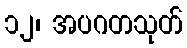
၁၂၊ အပဂတသုတ်